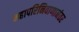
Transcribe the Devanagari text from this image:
महापरिनिवाणानंतर